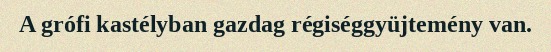
A grófi kastélyban gazdag régiséggyüjtemény van.